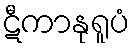
ဋီကာနုရူပံ